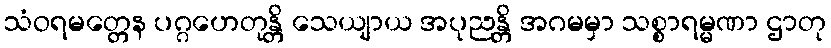
သံဝရမတ္တေန ပဂ္ဂဟေတုန္တိ သေယျာယ အပုညန္တိ အဂမမှာ သစ္စာရမ္မဏာ ဌာတု